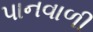
પાનવાળી